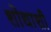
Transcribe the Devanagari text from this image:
शोधाशी